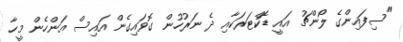
"ސިފައިންގެ ލޯންޗު އައީ ޑޮކްޓަރަކާއި ދެ ނަރުހުން ގޮވައިގެން އައިސް އަންހެން މީހާ